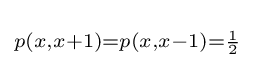
\scriptstyle p(x,x+1)=p(x,x-1)={\frac {1}{2}}